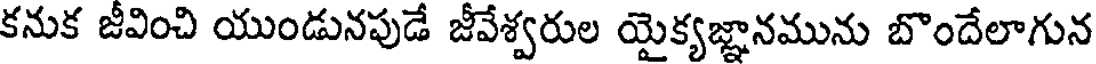
కనుక జీవించి యుండునపుడే జీవేశ్వరుల యైక్యజ్ఞానమును బొందేలాగున